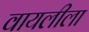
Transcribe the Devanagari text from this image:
वायलीला